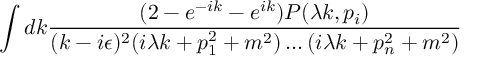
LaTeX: \int d k \frac { ( 2 - e ^ { - i k } - e ^ { i k } ) P ( \lambda k , p _ { i } ) } { ( k - i \epsilon ) ^ { 2 } ( i \lambda k + p _ { 1 } ^ { 2 } + m ^ { 2 } ) \ldots ( i \lambda k + p _ { n } ^ { 2 } + m ^ { 2 } ) }